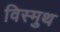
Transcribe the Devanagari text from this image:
विस्मुथ